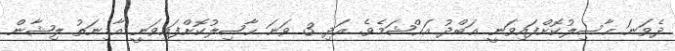
ދެވަނަ ޙާސިލުކޮށްފައިވަނީ ޢަބްދު އަޙްޝަމެވެ. އަދި 3 ވަނަ ޙާޞިލުކޮށްފައިވަނީ އާމިނަތު ލިޝާން